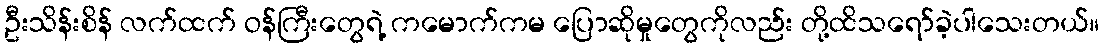
ဦးသိန်းစိန် လက်ထက် ဝန်ကြီးတွေရဲ့ ကမောက်ကမ ပြောဆိုမှုတွေကိုလည်း တို့ထိသရော်ခဲ့ပါသေးတယ်။